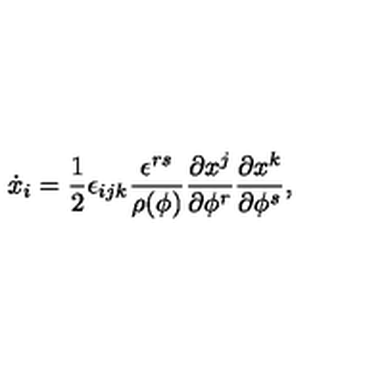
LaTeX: \dot { x } _ { i } = { \frac { 1 } { 2 } } \epsilon _ { i j k } { \frac { \epsilon ^ { r s } } { \rho ( \phi ) } } { \frac { \partial x ^ { j } } { \partial \phi ^ { r } } } { \frac { \partial x ^ { k } } { \partial \phi ^ { s } } } ,